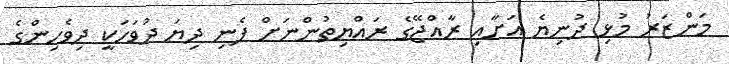
މަންޒަރު މުޅި ދުނިޔެ އަށާއި ރާއްޖޭގެ ރައްޔިތުންނަށް ފެނި ދިޔަ ދުވަހަކީ ދިވެހިންގެ